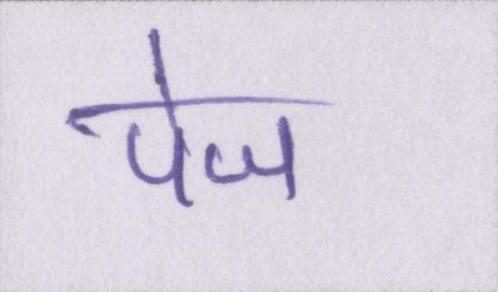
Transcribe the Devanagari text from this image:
पेज